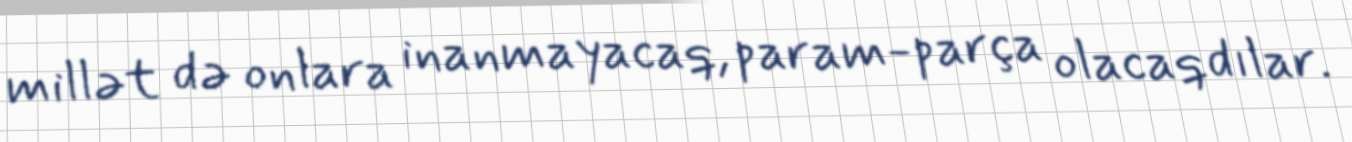
millət də onlara inanmayacaq, param-parça olacaqdılar.